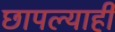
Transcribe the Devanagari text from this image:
छापल्याही